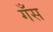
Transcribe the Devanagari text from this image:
गँस